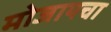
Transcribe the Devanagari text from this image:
मोजायचा